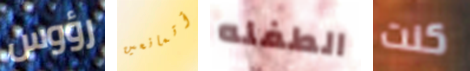
رؤوس أتمانعين الطفله كنت